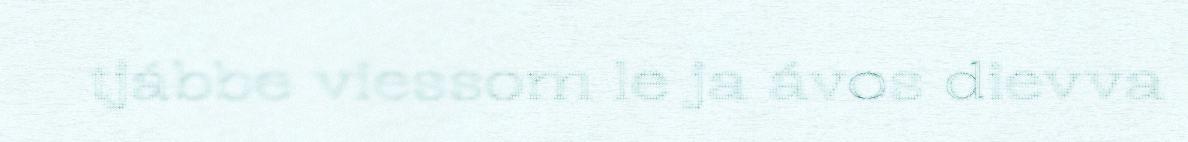
tjábbe viessom le ja ávos dievva